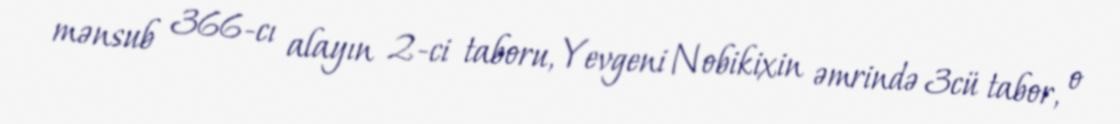
mənsub 366-cı alayın 2-ci taboru, Yevgeni Nobikixin əmrində 3cü tabor, o